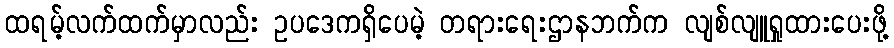
ထရမ့်လက်ထက်မှာလည်း ဥပဒေကရှိပေမဲ့ တရားရေးဌာနဘက်က လျစ်လျူရှုထားပေးဖို့